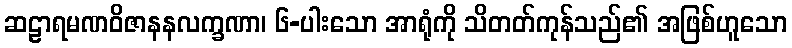
ဆဠာရမဏဝိဇာနနလက္ခဏာ၊ ၆-ပါးသော အာရုံကို သိတတ်ကုန်သည်၏ အဖြစ်ဟူသော